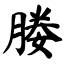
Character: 媵